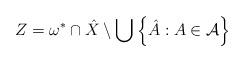
LaTeX: \begin{align*} Z=\omega^*\cap\hat{X}\setminus\bigcup\left\{\hat{A}:A\in\mathcal A\right\}\end{align*}